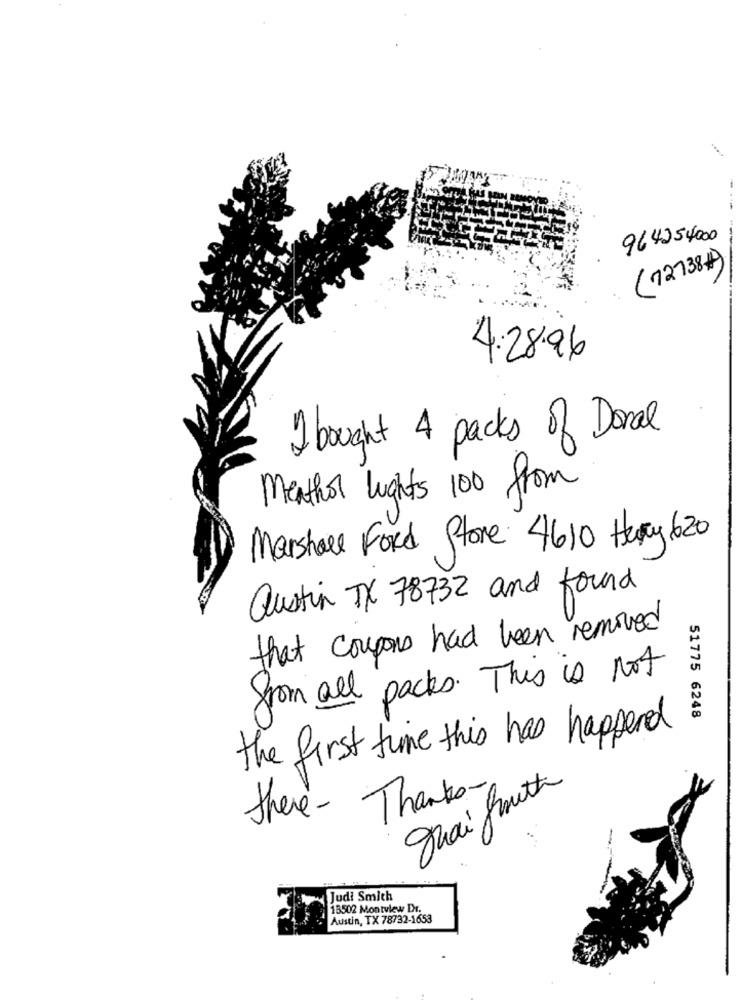
964254000
( 72738)
4.28.96
I bought 4 packs of Donal
Menthol lights 100 from
Marshall Ford Store 4610 Hry 620
austin TX 78732 and found
that coupons had been removed
from all packs. This is not
51775 6248
the first time this has happened
Thai Smith
Thanks
there-
-
Judi Smith
15502 Montview Dr.
Austin, TX 78732-1653